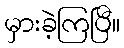
မှားခဲ့ကြပြီ။